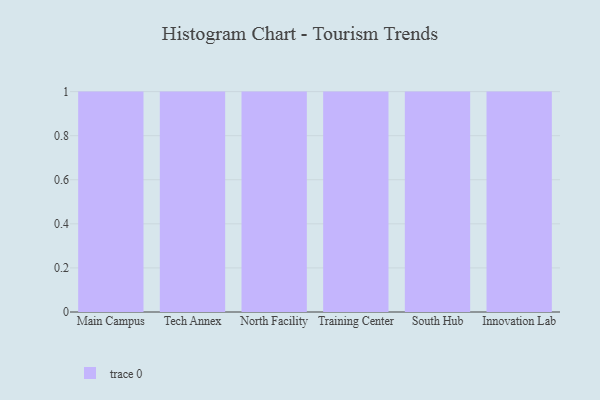
{"axis": {"x": "Campus", "y": "Market Share (%)"}, "legend": [""], "data": [{"x": "Main Campus", "y": 41, "type": ""}, {"x": "Tech Annex", "y": 62, "type": ""}, {"x": "North Facility", "y": 56, "type": ""}, {"x": "Training Center", "y": 2, "type": ""}, {"x": "South Hub", "y": 88, "type": ""}, {"x": "Innovation Lab", "y": 48, "type": ""}]}